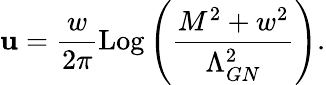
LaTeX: \mathbf{u}=\frac{{w}}{{2\pi}}\mathrm{{Log}}\left(\frac{{M^{2}+w^{2}}}{{\Lambda_{GN}^{2}}}\right).